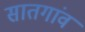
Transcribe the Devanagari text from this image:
सातगांव